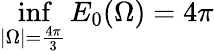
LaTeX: \operatorname*{inf}_{|\Omega|={\frac{4\pi}{3}}}E_{0}(\Omega)=4\pi